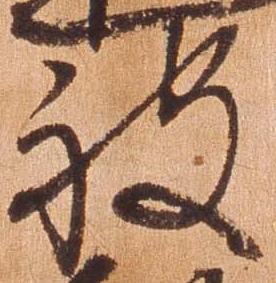
被